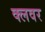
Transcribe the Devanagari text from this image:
क्लवर